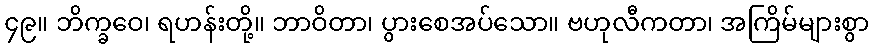
၄၉။ ဘိက္ခဝေ၊ ရဟန်းတို့။ ဘာဝိတာ၊ ပွားစေအပ်သော။ ဗဟုလီကတာ၊ အကြိမ်များစွာ